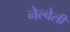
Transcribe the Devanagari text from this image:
नेल्वेली